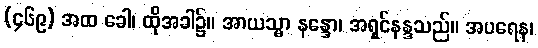
(၄၆၉) အထ ခေါ၊ ထိုအခါ၌။ အာယသ္မာ နန္ဒော၊ အရှင်နန္ဒသည်။ အပရေန၊